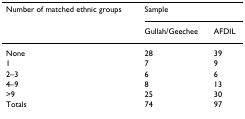
<table><thead><tr><td><b>Number of matched ethnic groups</b></td><td colspan="2"><b>Sample</b></td></tr><tr><td></td><td><b>Gullah/Geechee</b></td><td><b>AFDIL</b></td></tr></thead><tbody><tr><td>None</td><td>28</td><td>39</td></tr><tr><td>1</td><td>7</td><td>9</td></tr><tr><td>2–3</td><td>6</td><td>6</td></tr><tr><td>4–9</td><td>8</td><td>13</td></tr><tr><td>&gt;9</td><td>25</td><td>30</td></tr><tr><td>Totals</td><td>74</td><td>97</td></tr></tbody></table>